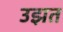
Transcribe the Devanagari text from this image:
उझत